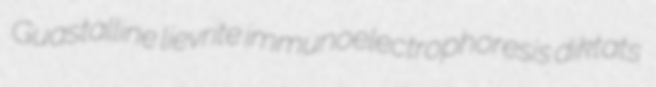
Guastalline lievrite immunoelectrophoresis diktats